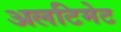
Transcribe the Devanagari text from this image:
अलटिमेट